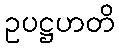
ဥပဋ္ဌဟတိ